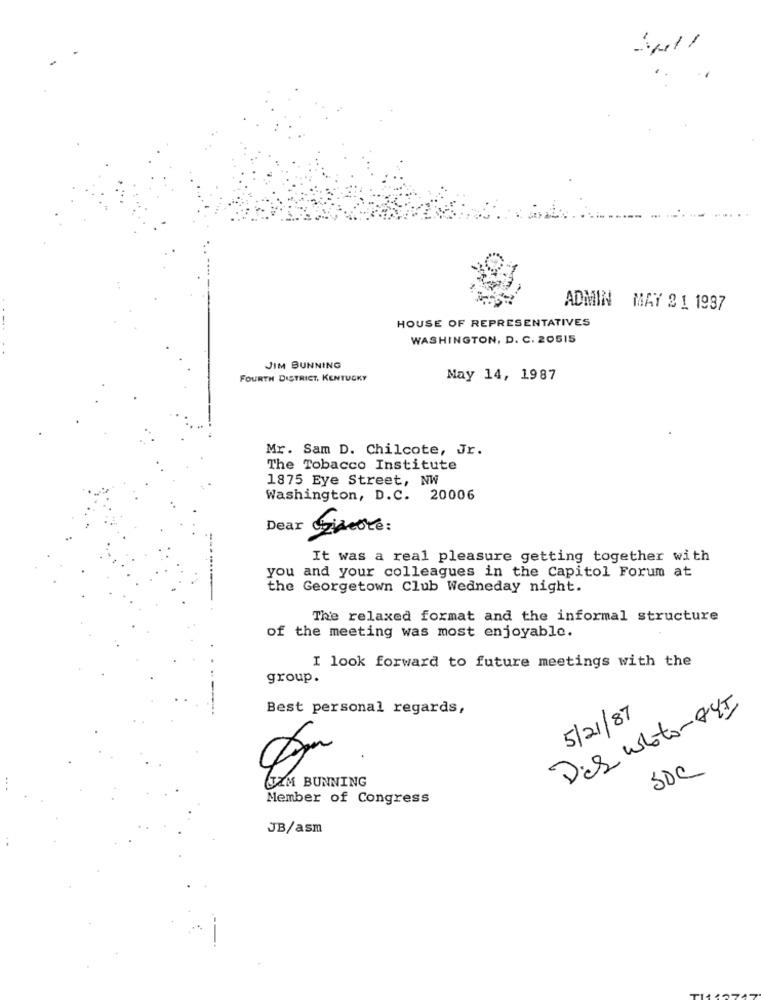
411
ADMIN MAY 21 1987
HOUSE OF REPRESENTATIVES
WASHINGTON, D. C. 20515
JIM BUNNING
FOURTH DISTRICT, KENTUCKY
Nay 14, 1987
Mr. Sam D. Chilcote, Jr.
The Tobacco Institute
1875 Eye Street, NW
Washington, D.C. 20006
Dear
It was a real pleasure getting together with
you and your colleagues in the Capitol Forum at
the Georgetown Club Wedneday night.
The relaxed format and the informal structure
of the meeting was most enjoyable.
I look forward to future meetings with the
group.
Best personal regards,
Das Whoto-845
5/21/87
SDC
TIM BUNNING
Member of Congress
JB/asm